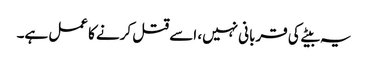
یہ بیٹے کی قربانی نہیں، اسے قتل کرنے کا عمل ہے۔